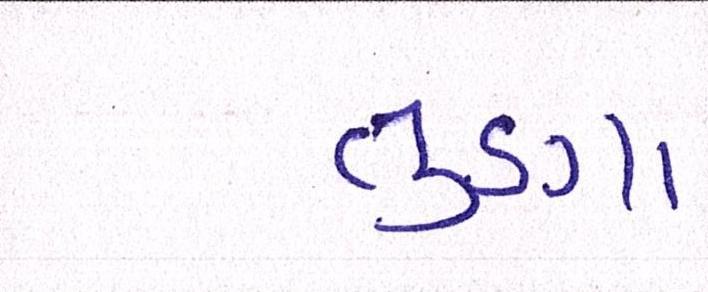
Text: તુણા